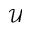
\mathcal { U }